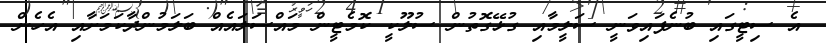
އެ ސިޓީގައި ބުނެފައިވަނީ ސަލީމާއި ގުޅޭގޮތުން ސުލޫކީ ކޮމެޓީން މައްސަލައެއް ބަލަމުންދާކަމަށާއި އެހެން